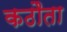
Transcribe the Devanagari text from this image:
कठौता